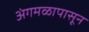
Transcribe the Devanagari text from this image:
अंगमळापासून